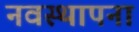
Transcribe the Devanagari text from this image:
नवस्थापना